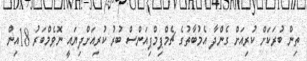
ތިން ބުރަކަށް ކުރިއަށް ގެންދާ އެމުބާތުގެ ޗެމްޕިމްޕިއަންސް ބުރު ކުރިއަށްދިޔައީ ނޮވެމްބަރު 18އިން